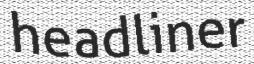
headliner